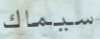
سيماك